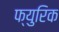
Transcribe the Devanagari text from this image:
फ्युरिक